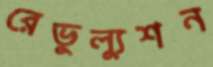
রেভুল্যুশন